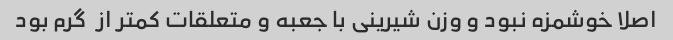
اصلا خوشمزه نبود و وزن شیرینی با جعبه و متعلقات کمتر از  گرم بود